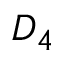
{ \cal D } _ { 4 }